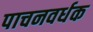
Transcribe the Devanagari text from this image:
पाचनवर्धक